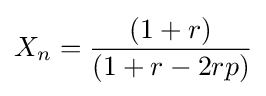
X_{n}={\frac {(1+r)}{(1+r-2rp)}}